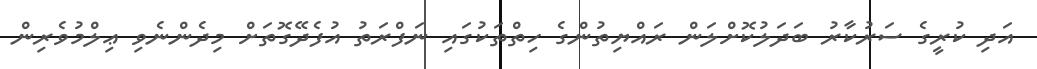
އަދި ކުރީގެ ސަރުކާރު ބަދަލުކޮށްލަން ރައްޔިތުންގެ ހިތްތަކުގައި ނަފްރަތު އުފެދޭގޮތަށް މިދެންނެވި ޢިލްމުވެރިން